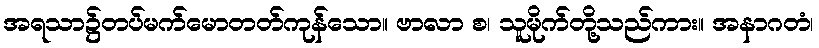
အရသာ၌တပ်မက်မောတတ်ကုန်သော။ ဗာလာ စ၊ သူမိုက်တို့သည်ကား။ အနာဂတံ၊